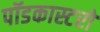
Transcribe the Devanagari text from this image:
पॉडकास्टरों